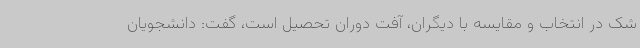
شک در انتخاب و مقایسه با دیگران، آفت دوران تحصیل است، گفت: دانشجویان